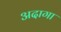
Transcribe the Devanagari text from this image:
अदागा